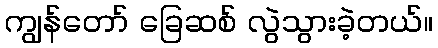
ကျွန်တော် ခြေဆစ် လွဲသွားခဲ့တယ်။